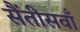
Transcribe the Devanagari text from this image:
सैंतीसवाँ